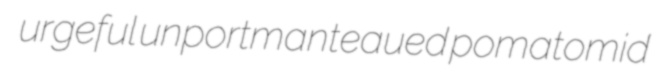
urgeful unportmanteaued pomatomid